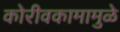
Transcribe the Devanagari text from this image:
कोरीवकामामुळे